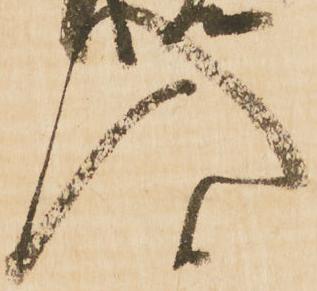
入